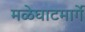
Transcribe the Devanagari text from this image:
मळेघाटमार्गे